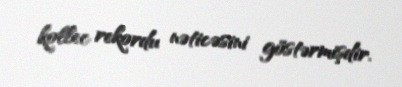
kollec rekordu nəticəsini göstərmişdir.